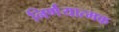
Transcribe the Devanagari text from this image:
निर्णंयात्मक